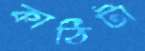
কাঠিটা